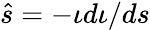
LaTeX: \hat{s}=-\iota d\iota/ds